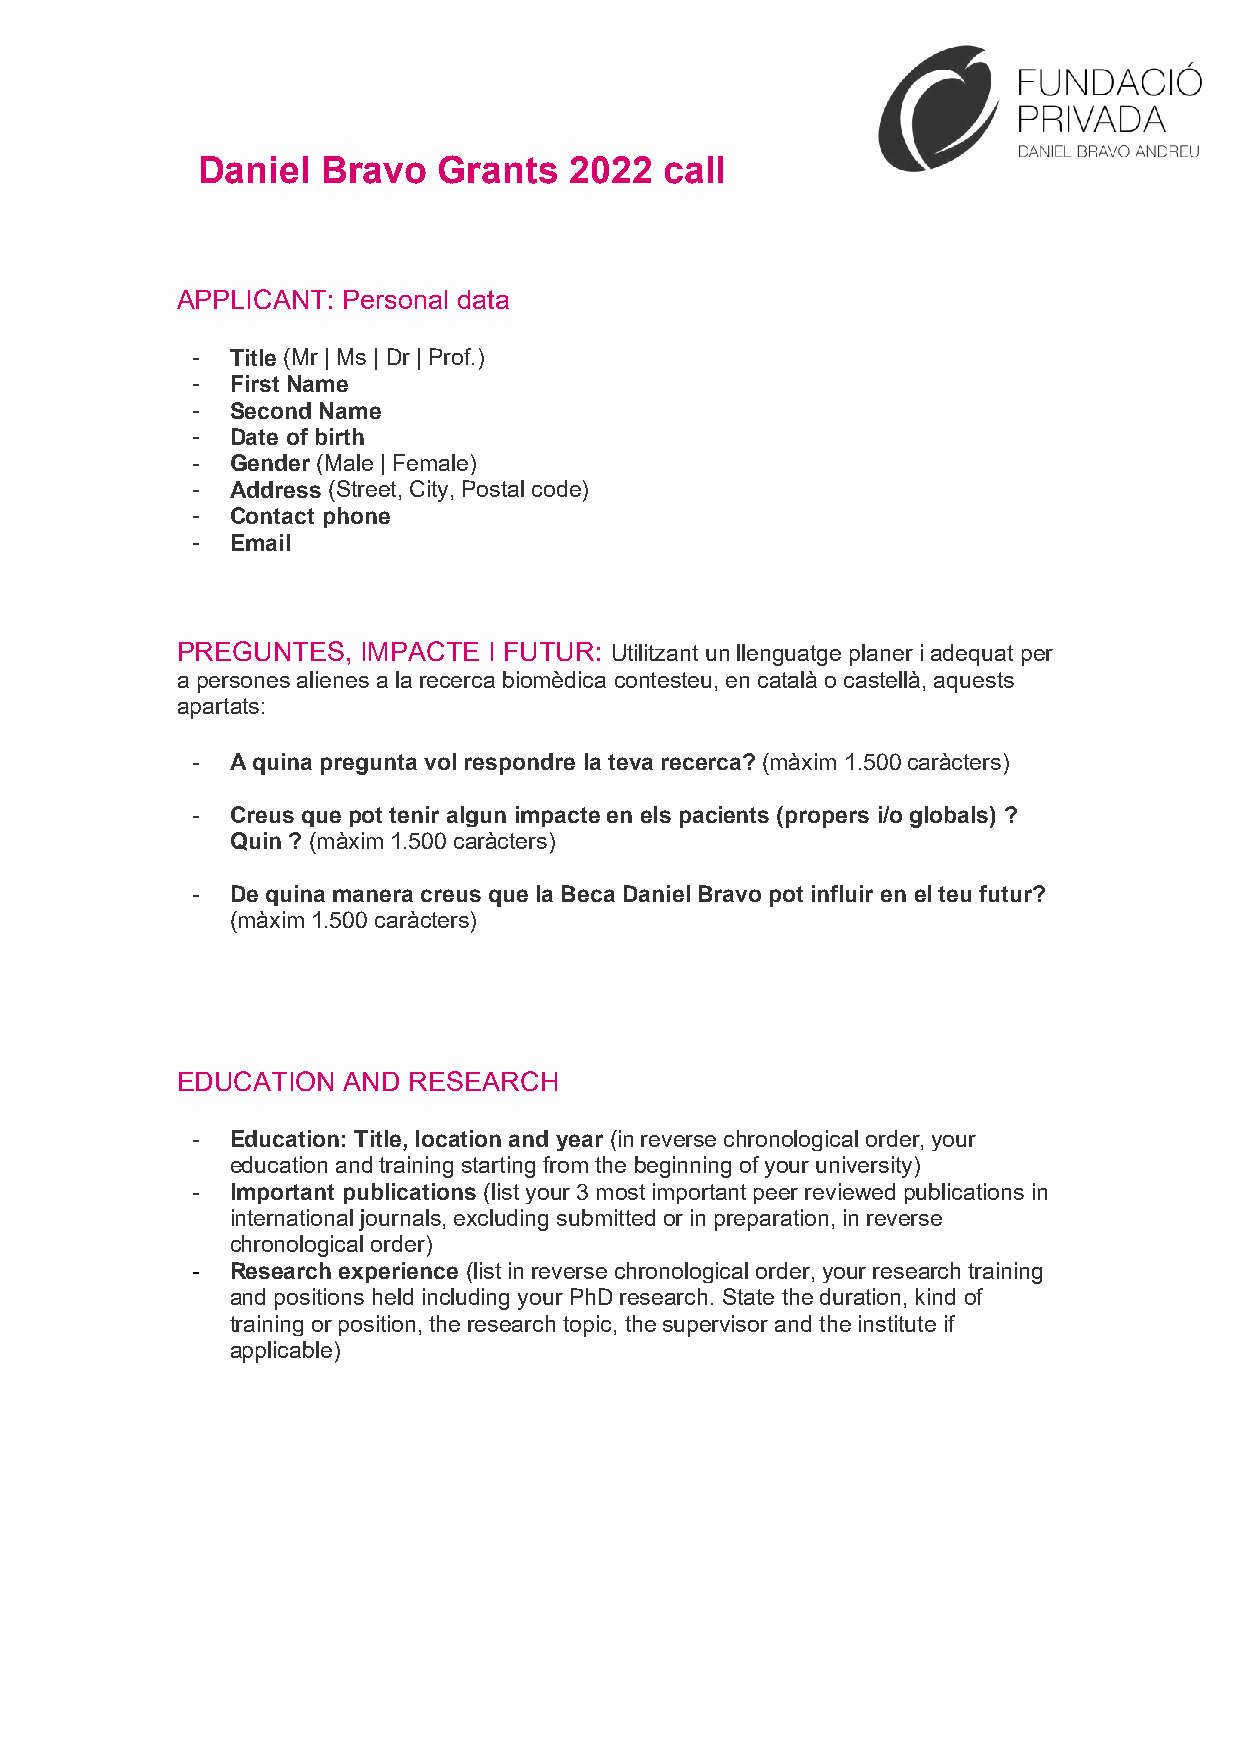
Daniel  Bravo   Grants   2022  call
 APPLICANT: Personal data
 - Title (Mr | Ms | Dr | Prof.)
 - First Name
 - Second Name
 - Date of birth
 - Gender (Male | Female)
 - Address (Street, City, Postal code)
 - Contact phone
 - Email
 PREGUNTES,  IMPACTE I FUTUR: Utilitzant un llenguatge planer i adequat per
 a persones alienes a la recerca biomèdica contesteu, en català o castellà, aquests
 apartats:
 - A quina pregunta vol respondre la teva recerca? (màxim 1.500 caràcters)
 - Creus que pot tenir algun impacte en els pacients (propers i/o globals) ?
 Quin ? (màxim 1.500 caràcters)
 - De quina manera creus que la Beca Daniel Bravo pot influir en el teu futur?
 (màxim 1.500 caràcters)
 EDUCATION  AND RESEARCH
 - Education: Title, location and year (in reverse chronological order, your
 education and training starting from the beginning of your university)
 - Important publications (list your 3 most important peer reviewed publications in
 international journals, excluding submitted or in preparation, in reverse
 chronological order)
 - Research experience (list in reverse chronological order, your research training
 and positions held including your PhD research. State the duration, kind of
 training or position, the research topic, the supervisor and the institute if
 applicable)